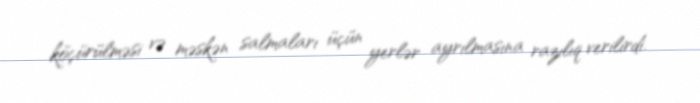
köçürülməsi və məskən salmaları üçün yerlər ayrılmasına razılıq verilirdi.